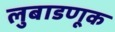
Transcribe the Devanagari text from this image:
लुबाडणूक